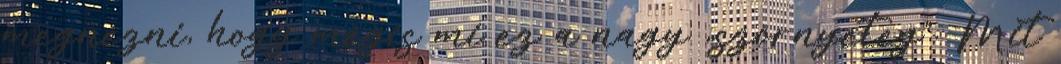
megnézni, hogy mégis mi ez a nagy „szörnyeteg”. Mit